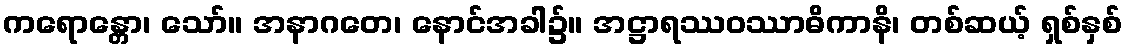
ကရောန္တော၊ သော်။ အနာဂတေ၊ နောင်အခါ၌။ အဋ္ဌာရဿဝဿာဓိကာနိ၊ တစ်ဆယ့် ရှစ်နှစ်